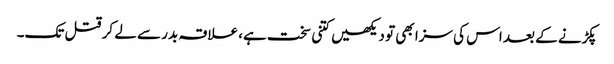
پکڑنے کے بعد اس کی سزا بھی تو دیکھیں کتنی سخت ہے، علاقہ بدر سے لے کر قتل تک۔